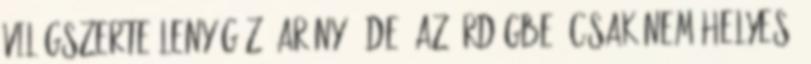
világszerte lenyűgöző arányú. De, az ördögbe, csak nem helyes,